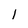
Character: l